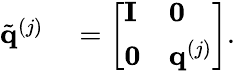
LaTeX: \begin{array}{rl}{\tilde{\mathbf{q}}^{(j)}}&{{}=\left[\begin{array}{ll}{\mathbf{I}}&{\mathbf{0}}\\ {\mathbf{0}}&{\mathbf{q}^{(j)}}\end{array}\right].}\end{array}